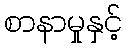
စာနာမှုနှင့်